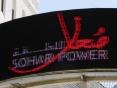
صحار